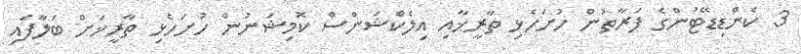
3 ކެންޑިޑޭޓުންގެ ފަރާތުން ހުށަހެޅި ތާރީޚާއި އިލެކްޝަންސް ކޮމިޝަނުން ހުށަހެޅި ތާރީޚަށް ބަލާފައި